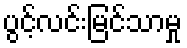
ပွင့်လင်းမြင်သာမှု